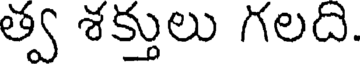
త్వ శక్తులు గలది.